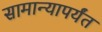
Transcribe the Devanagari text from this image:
सामान्यापर्यंत